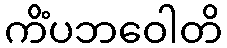
ကိံပဘဝေါတိ